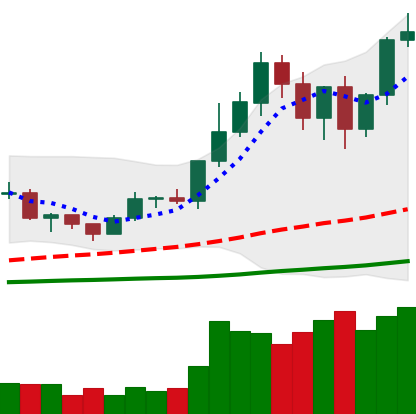
Ticker: LTC-USD
Chart end date: 2020-12-26
Forward return: -3.684%
Label: down_3_5